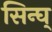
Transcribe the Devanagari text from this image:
सिन्घ्